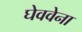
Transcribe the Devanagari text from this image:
घेववेना